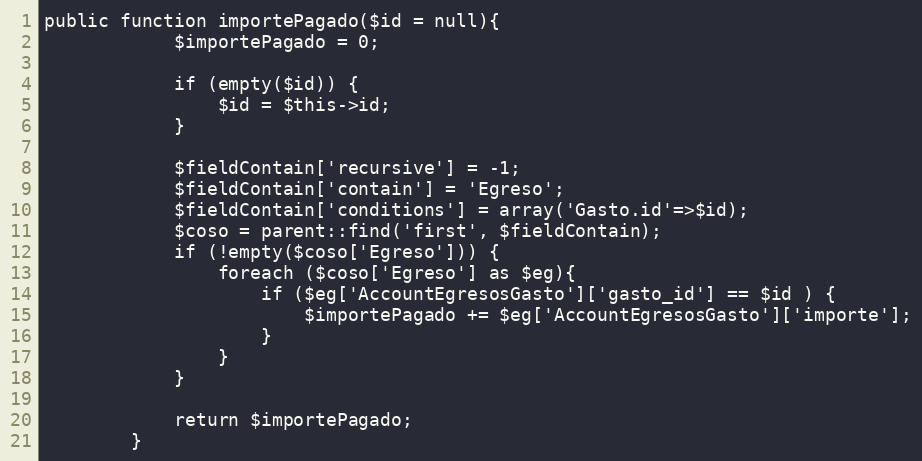
Language: PHP
public function importePagado($id = null){
            $importePagado = 0;

            if (empty($id)) {
                $id = $this->id;
            }

            $fieldContain['recursive'] = -1;
            $fieldContain['contain'] = 'Egreso';
            $fieldContain['conditions'] = array('Gasto.id'=>$id);
            $coso = parent::find('first', $fieldContain);
            if (!empty($coso['Egreso'])) {
                foreach ($coso['Egreso'] as $eg){
                    if ($eg['AccountEgresosGasto']['gasto_id'] == $id ) {
                        $importePagado += $eg['AccountEgresosGasto']['importe'];
                    }
                }
            }

            return $importePagado;
        }